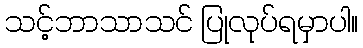
သင့်ဘာသာသင် ပြုလုပ်ရမှာပါ။